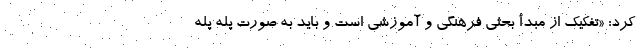
کرد: «تفکیک از مبدأ بحثی فرهنگی و آموزشی است و باید به صورت پله پله